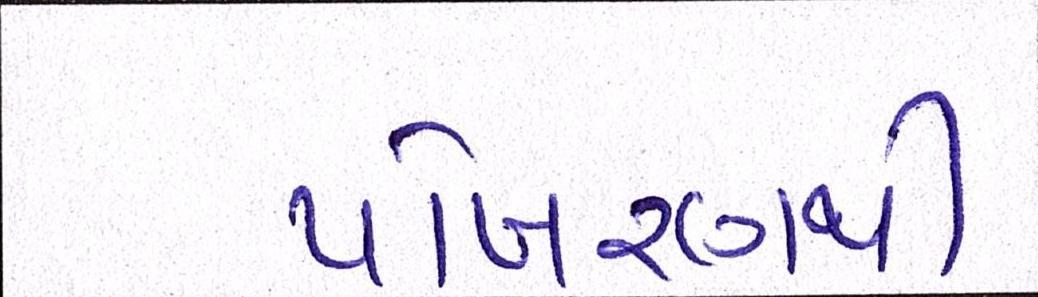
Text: પોખરણથી